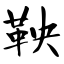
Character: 鞅